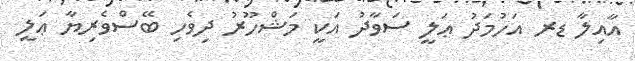
އާއިލާ ޑރ އަހުމަދު ޢަލީ ސަވާދު އަކީ މަޝްހޫރު ދިވެހި ބޭސްވެރިޔާ ޢަލީ